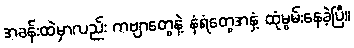
အခန်းထဲမှာလည်း ကဗျာတွေနဲ့ နံရံတွေအနှံ့ ထုံမွမ်းနေခဲ့ပြီ။